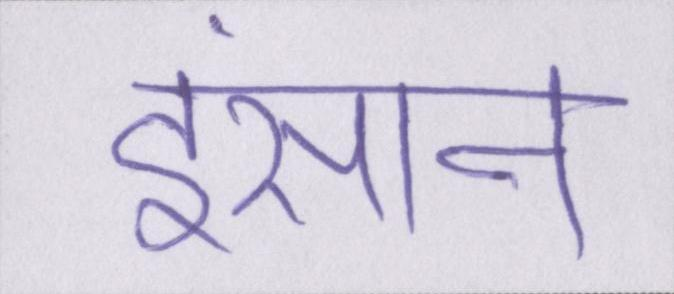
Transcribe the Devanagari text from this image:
इंसान